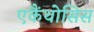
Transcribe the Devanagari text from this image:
एकैंथोसिस